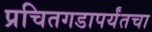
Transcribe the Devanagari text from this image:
प्रचितगडापर्यंतचा